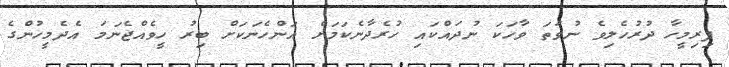
ފިރިމީހާ ދުރުހެލިވެ ނުވަތަ ވާހަކަ ނުދައްކައި ހުރެދާނެކަމަށް އަންހެނަކަށް ބިރު ހީވެއްޖެނަމަ އެދެމީހުންގެ